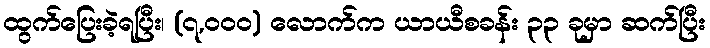
ထွက်ပြေးခဲ့ရပြီး၊ (၇,၀၀၀) လောက်က ယာယီစခန်း ၃၃ ခုမှာ ဆက်ပြီး